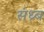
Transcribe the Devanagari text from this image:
संध्र्ब